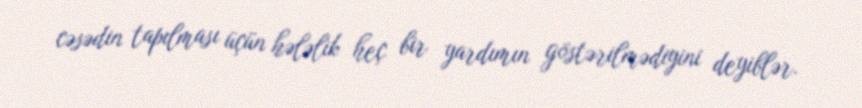
cəsədin tapılması üçün hələlik heç bir yardımın göstərilmədiyini deyiblər.